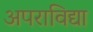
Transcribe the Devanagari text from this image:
अपराविद्या